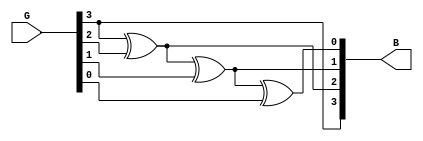
module Gray_to_Binary ( G ,B );
  output [3:0] B ;
  input [3:0] G ;
  assign B[3] = G[3];
  assign B[2] = G[3]^G[2];
  assign B[1] = G[3]^G[2]^G[1];
  assign B[0] = G[3]^G[2]^G[1]^G[0];
endmodule